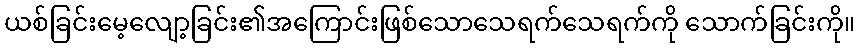
ယစ်ခြင်းမေ့လျော့ခြင်း၏အကြောင်းဖြစ်သောသေရက်သေရက်ကို သောက်ခြင်းကို။